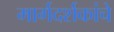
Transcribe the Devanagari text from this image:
मार्गदर्शकांचे